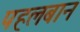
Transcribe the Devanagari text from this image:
पहलबान